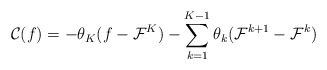
\begin{align*}\mathcal{C}(f) =-\theta_K(f-\mathcal{F}^K)-\sum_{k=1}^{K-1}\theta_k(\mathcal{F}^{k+1}-\mathcal{F}^{k})\end{align*}